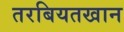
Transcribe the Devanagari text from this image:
तरबियतखान